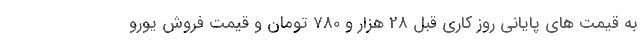
به قیمت های پایانی روز کاری قبل 28 هزار و 780 تومان و قیمت فروش یورو